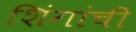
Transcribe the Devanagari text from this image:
शिंगांची